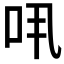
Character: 𠯎